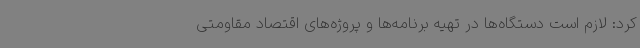
کرد: لازم است دستگاه‌ها در تهیه برنامه‌ها و پروژه‌های اقتصاد مقاومتی